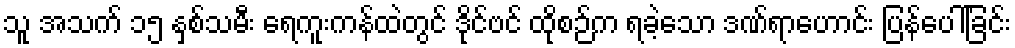
သူ အသက် ၁၅ နှစ်သမီး ရေကူးကန်ထဲတွင် ဒိုင်ဗင် ထိုစဉ်က ရခဲ့သော ဒဏ်ရာဟောင်း ပြန်ပေါ်ခြင်း